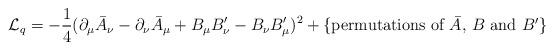
LaTeX: \begin{align*}{\cal L}_{\sc q} = -\frac{1}{4}(\partial_{\mu}\bar{A}_{\nu}- \partial_{\nu}\bar{A}_{\mu}+ B_{\mu}B'_{\nu} - B_{\nu}B'_{\mu})^2+\{\mbox{permutations of $\bar{A}$, $B$ and $B'$}\}\end{align*}